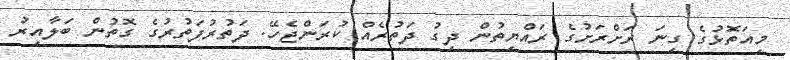
މިއަތޮޅުގެ ގިނަ ރަށްރަށުގެ ރައްޔިތުން ދިގު ދަތުރެއް ކުރަންޖެހޭ. ދަތުރުފަތުރުގެ ގޮތުން ބަލާއިރު